On a parasite found in the white corpuscles of the blood of dogs - Number 14
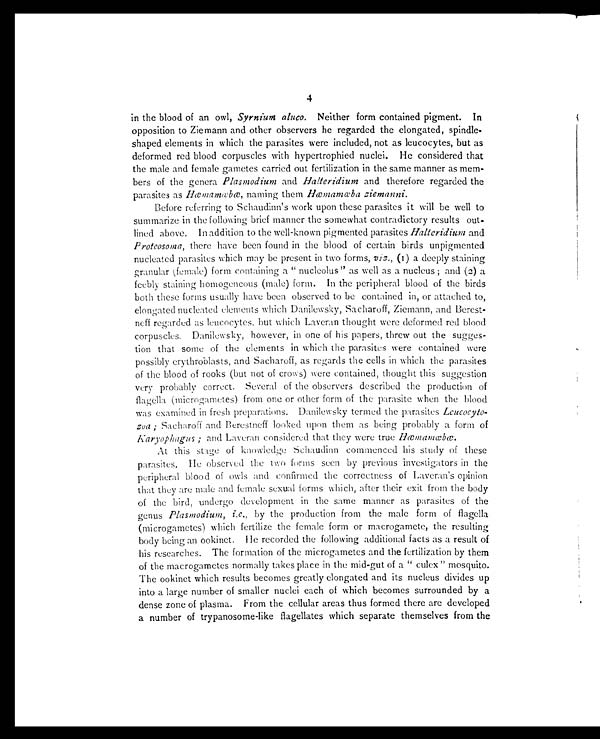
4
in the blood of an owl, Syrnium aluco . Neither form contained pigment. In
opposition to Ziemann and other observers he regarded the elongated, spindle
-shaped elements in which the parasites were included, not as leucocytes, but as
deformed red blood corpuscles with hypertrophied nuclei. He considered that
the male and female gametes carried out fertilization in the same manner as mem-
bers of the genera Plasmodium and Halteridium and therefore regarded the
parasites as Hæmamœbæ, naming them Hæmamœba ziemanni .
Before referring to Schaudinn's work upon these parasites it will be well to
summarize in the following brief manner the somewhat contradictory results out
-lined above. In addition to the well-known pigmented parasites Halteridium and
Proteosoma , there have been found in the blood of certain birds unpigmented
nucleated parasites which may be present in two forms, viz. , (1) a deeply staining
granular (female) form containing a "nucleolus" as well as a nucleus ; and (2) a
feebly staining homogeneous (male) form. In the peripheral blood of the birds
both these forms usually have been observed to be contained in, or attached to,
elongated nucleated elements which Danilewsky, Sacharoff, Ziemann, and Berest-
neff regarded as leucocytes, but which Laveran thought were deformed red blood
corpuscles. Danilewsky, however, in one of his papers, threw out the sugges-
tion that some of the elements in which the parasites were contained were
possibly erythroblasts, and Sacharoff, as regards the cells in which the parasites
of the blood of rooks (but not of crows) were contained, thought this suggestion
very probably correct. Several of the observers described the production of
flagella (microgametes) from one or other form of the parasite when the blood
was examined in fresh preparations. Danilewsky termed the parasites Leucocyto-
zoa ; Sacharoff and Berestneff looked upon them as being probably a form of
Karyophagus ; and Laveran considered that they were true Hæmamœbæ .
At this stage of knowledge Schaudinn commenced his study of these
parasites. He observed the two forms seen by previous investigators in the
peripheral blood of owls and confirmed the correctness of Laveran's opinion
that they are male and female sexual forms which, after their exit from the body
of the bird, undergo development in the same manner as parasites of the
genus Plasmodium, i.e ., by the production from the male form of flagella
(microgametes) which fertilize the female form or macrogamete, the resulting
body being an ookinet. He recorded the following additional facts as a result of
his researches. The formation of the microgametes and the fertilization by them
of the macrogametes normally takes place in the mid-gut of a "culex" mosquito.
The ookinet which results becomes greatly elongated and its nucleus divides up
into a large number of smaller nuclei each of which becomes surrounded by a
dense zone of plasma. From the cellular areas thus formed there are developed
a number of trypanosome-like flagellates which separate themselves from the